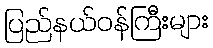
ပြည်နယ်ဝန်ကြီးများ